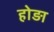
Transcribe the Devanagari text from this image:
होड़ा